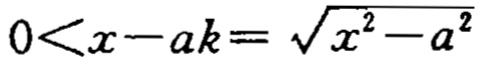
\(0<x - ak=\sqrt{x^{2}-a^{2}}\)